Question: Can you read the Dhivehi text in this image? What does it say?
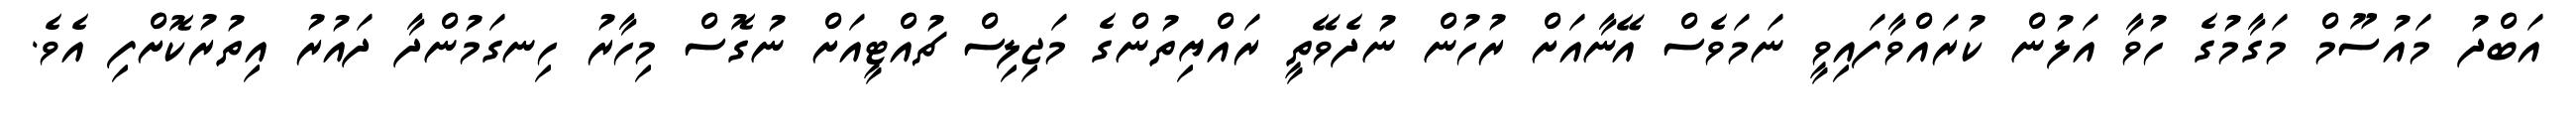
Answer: އަބްދު މައުސޫމް މަގާމުގެ ހުވާ އަލުން ކުރައްވާފައިވީ ނަމަވެސް އޭނާއަށް ރުހުން ނުދެވޭތީ ރައްޔިތުންގެ މަޖިލިސް ޗުއްޓީއަށް ނުގޮސް މިހާރު ހިނގަމުންދާ ދައުރު އިތުރުކޮށްފި އެވެ.